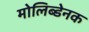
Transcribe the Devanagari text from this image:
मोलिब्डेनक